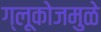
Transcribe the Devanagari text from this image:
ग्लूकोजमुळे